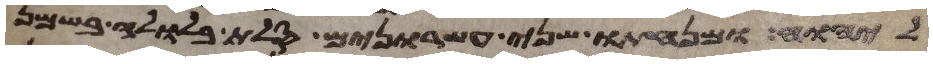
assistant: ליהוה ומנחתו שני עשרנים סלת בלולה בשמן